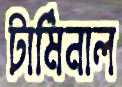
টার্মিনাল